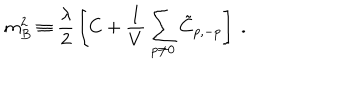
LaTeX: m _ { B } ^ { 2 } \equiv { \frac { \lambda } { 2 } } \left[ { C } + { \frac { 1 } { V } } \sum _ { p \neq 0 } \tilde { C } _ { p , - p } \right] ~ .